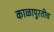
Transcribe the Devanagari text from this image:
काळापुरतीच